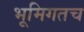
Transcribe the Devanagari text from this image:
भूमिगतच